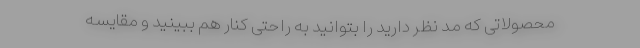
محصولاتی که مد نظر دارید را بتوانید به راحتی کنار هم ببینید و مقایسه